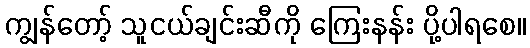
ကျွန်တော့် သူငယ်ချင်းဆီကို ကြေးနန်း ပို့ပါရစေ။